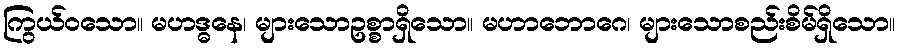
ကြွယ်ဝသော။ မဟဒ္ဓနေ၊ များသောဥစ္စာရှိသော။ မဟာဘောဂေ၊ များသောစည်းစိမ်ရှိသော။